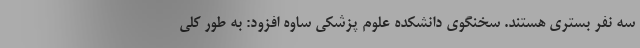
سه نفر بستری هستند. سخنگوی دانشکده علوم پزشکی ساوه افزود: به طور کلی